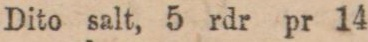
Dito salt, 5 rdr pr 14